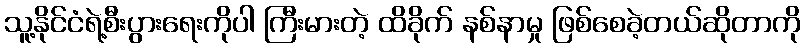
သူ့နိုင်ငံရဲ့စီးပွားရေးကိုပါ ကြီးမားတဲ့ ထိခိုက် နစ်နာမှု ဖြစ်စေခဲ့တယ်ဆိုတာကို